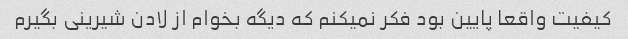
کیفیت واقعا پایین بود فکر نمیکنم که دیگه بخوام از لادن شیرینی بگیرم